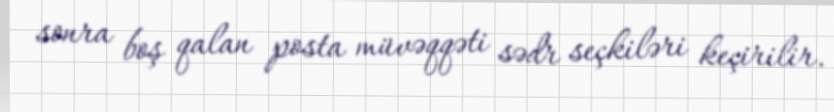
sonra boş qalan posta müvəqqəti sədr seçkiləri keçirilir.